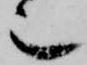
也